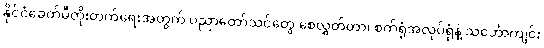
နိုင်ငံခေတ်မီတိုးတက်ရေးအတွက် ပညာတော်သင်တွေ စေလွှတ်တာ၊ စက်ရုံအလုပ်ရုံနဲ့ သင်္ဘောကျင်း